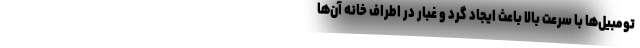
تومبیل‌ها با سرعت بالا باعث ایجاد گرد و غبار در اطراف خانه آن‌ها